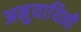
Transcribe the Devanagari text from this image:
अनुयायिनी